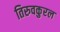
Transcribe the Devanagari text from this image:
तिरुवकुरल